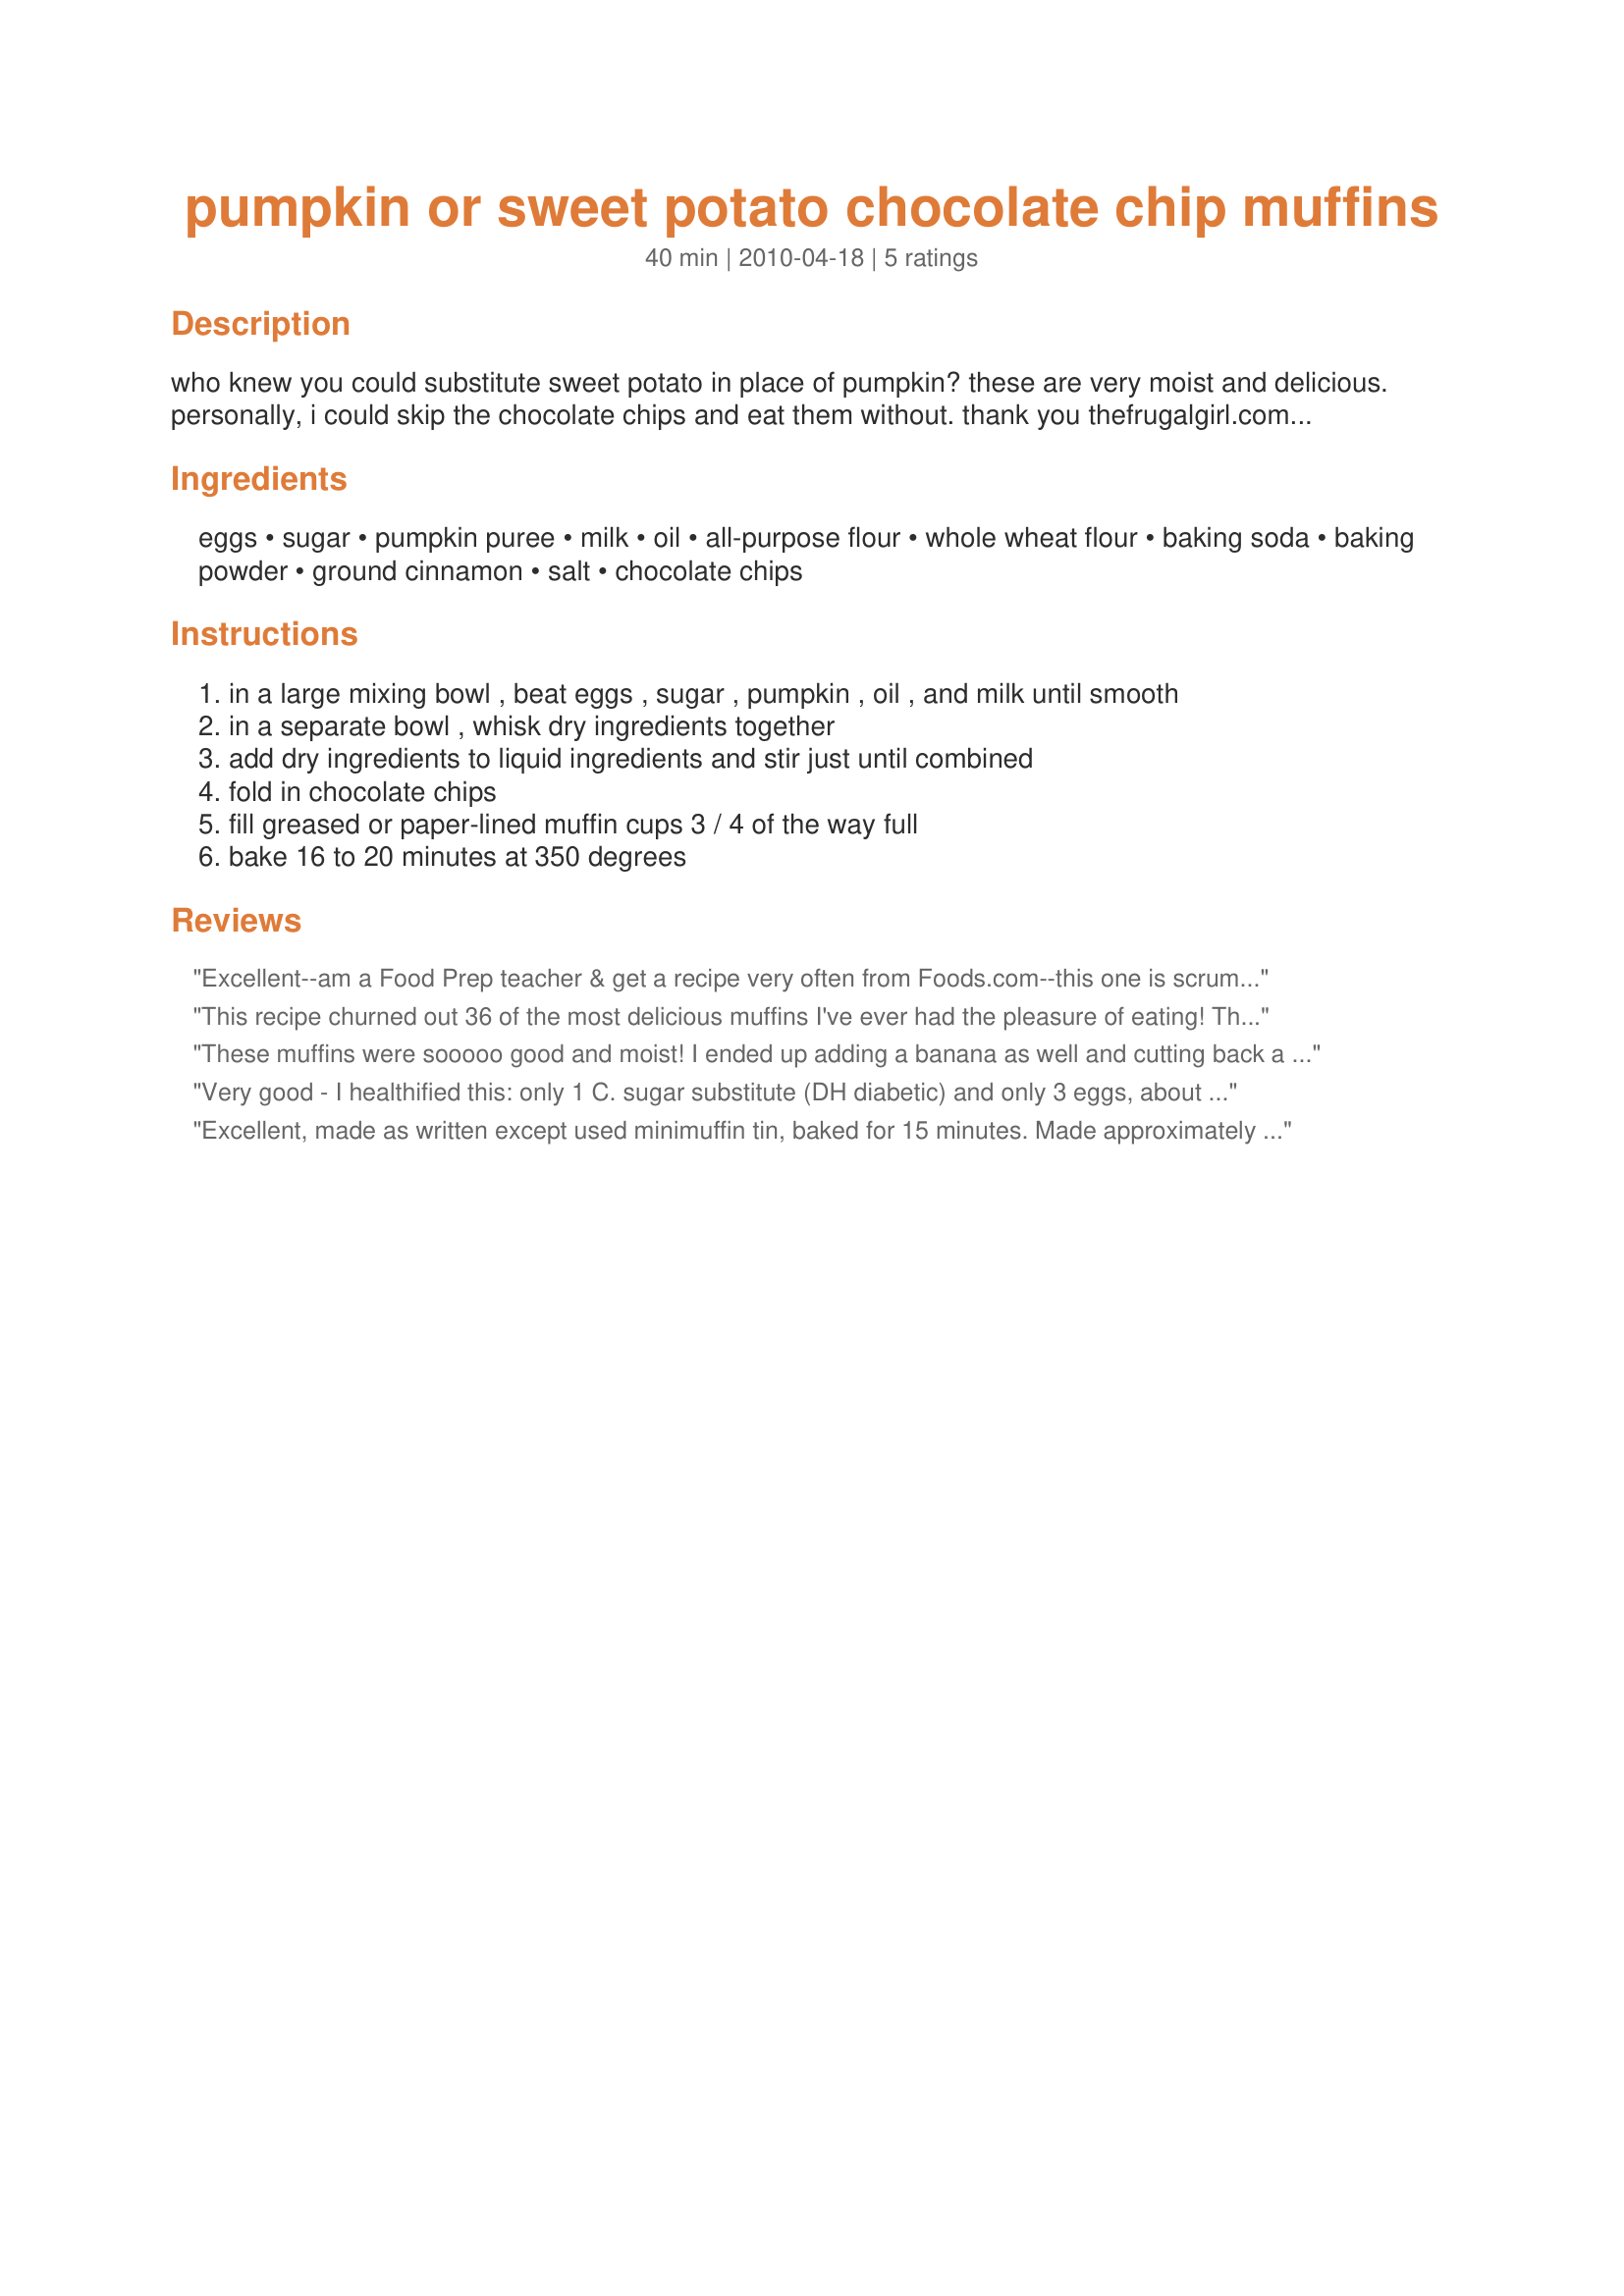
pumpkin or sweet potato chocolate chip muffins
Preparation time: 40 minutes

who knew you could substitute sweet potato in place of pumpkin? these are very moist and delicious. personally, i could skip the chocolate chips and eat them without. thank you thefrugalgirl.com for your terrific recipe and substitution ideas. i must confess, i left out the milk entirely by mistake and i didn't notice. they are moist and delicious without the milk.

Ingredients:
eggs, sugar, pumpkin puree, milk, oil, all-purpose flour, whole wheat flour, baking soda, baking powder, ground cinnamon, salt, chocolate chips

Steps:
in a large mixing bowl , beat eggs , sugar , pumpkin , oil , and milk until smooth
in a separate bowl , whisk dry ingredients together
add dry ingredients to liquid ingredients and stir just until combined
fold in chocolate chips
fill greased or paper-lined muffin cups 3 / 4 of the way full
bake 16 to 20 minutes at 350 degrees

Reviews:
Excellent--am a Food Prep teacher & get a recipe very often from Foods.com--this one is scrumptious!!! Always test at home first & only change I made was adding 3/4 chopped walnuts.
This recipe churned out 36 of the most delicious muffins I've ever had the pleasure of eating! They were so good, in fact, that they inspired a review! I only made a couple of tweaks to the recipe, more out of necessity than anything else: I used only un-bleached white all-purpose flour and a 10 oz bag of mini chocolate chips which, in my opinion, were plenty. Their mini size also suited the muffins nicely. The first batch of muffins took the full 20 minutes in the oven, 24 minutes the next batch and 23 for the last. Two muffin-making tricks I used were room-temperature ingredients and placing a cookie sheet under the muffin pan. Apparently this last trick prevents your muffins from turning brown on the bottom; I had no brown-bottomed muffins to speak of! These muffins are on the sweet side, which I like, so if you want something less sweet try substituting chopped walnuts for the chocolate chips or go halves with each. in any case, I will definitely be making these again! Yum!
These muffins were sooooo good and moist! I ended up adding a banana as well and cutting back a bit on the oil. If you are watching calories, I think you could cut back a bit on the chocolate chips as there were a lot in the muffins. My kids loved them (they thought they were carrot because of the colour!). Thanks for a great recipe!
Very good - I healthified this: only 1 C. sugar substitute (DH diabetic) and only 3 eggs, about 3/c chocolate chips, and 1/2 c oats and 1/2 c of oat bran instead of 1 C. of a/p flour. My teens said they were, nodding, "good". I loved them! Thanks for the idea!
Excellent, made as written except used minimuffin tin, baked for 15 minutes. Made approximately 36 muffins. Thanks!
